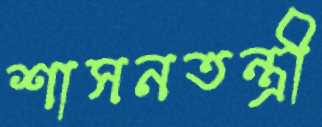
শাসনতন্ত্রী